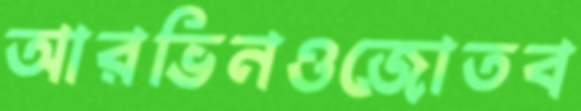
আরভিনওজোতব